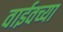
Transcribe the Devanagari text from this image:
वाईवच्या